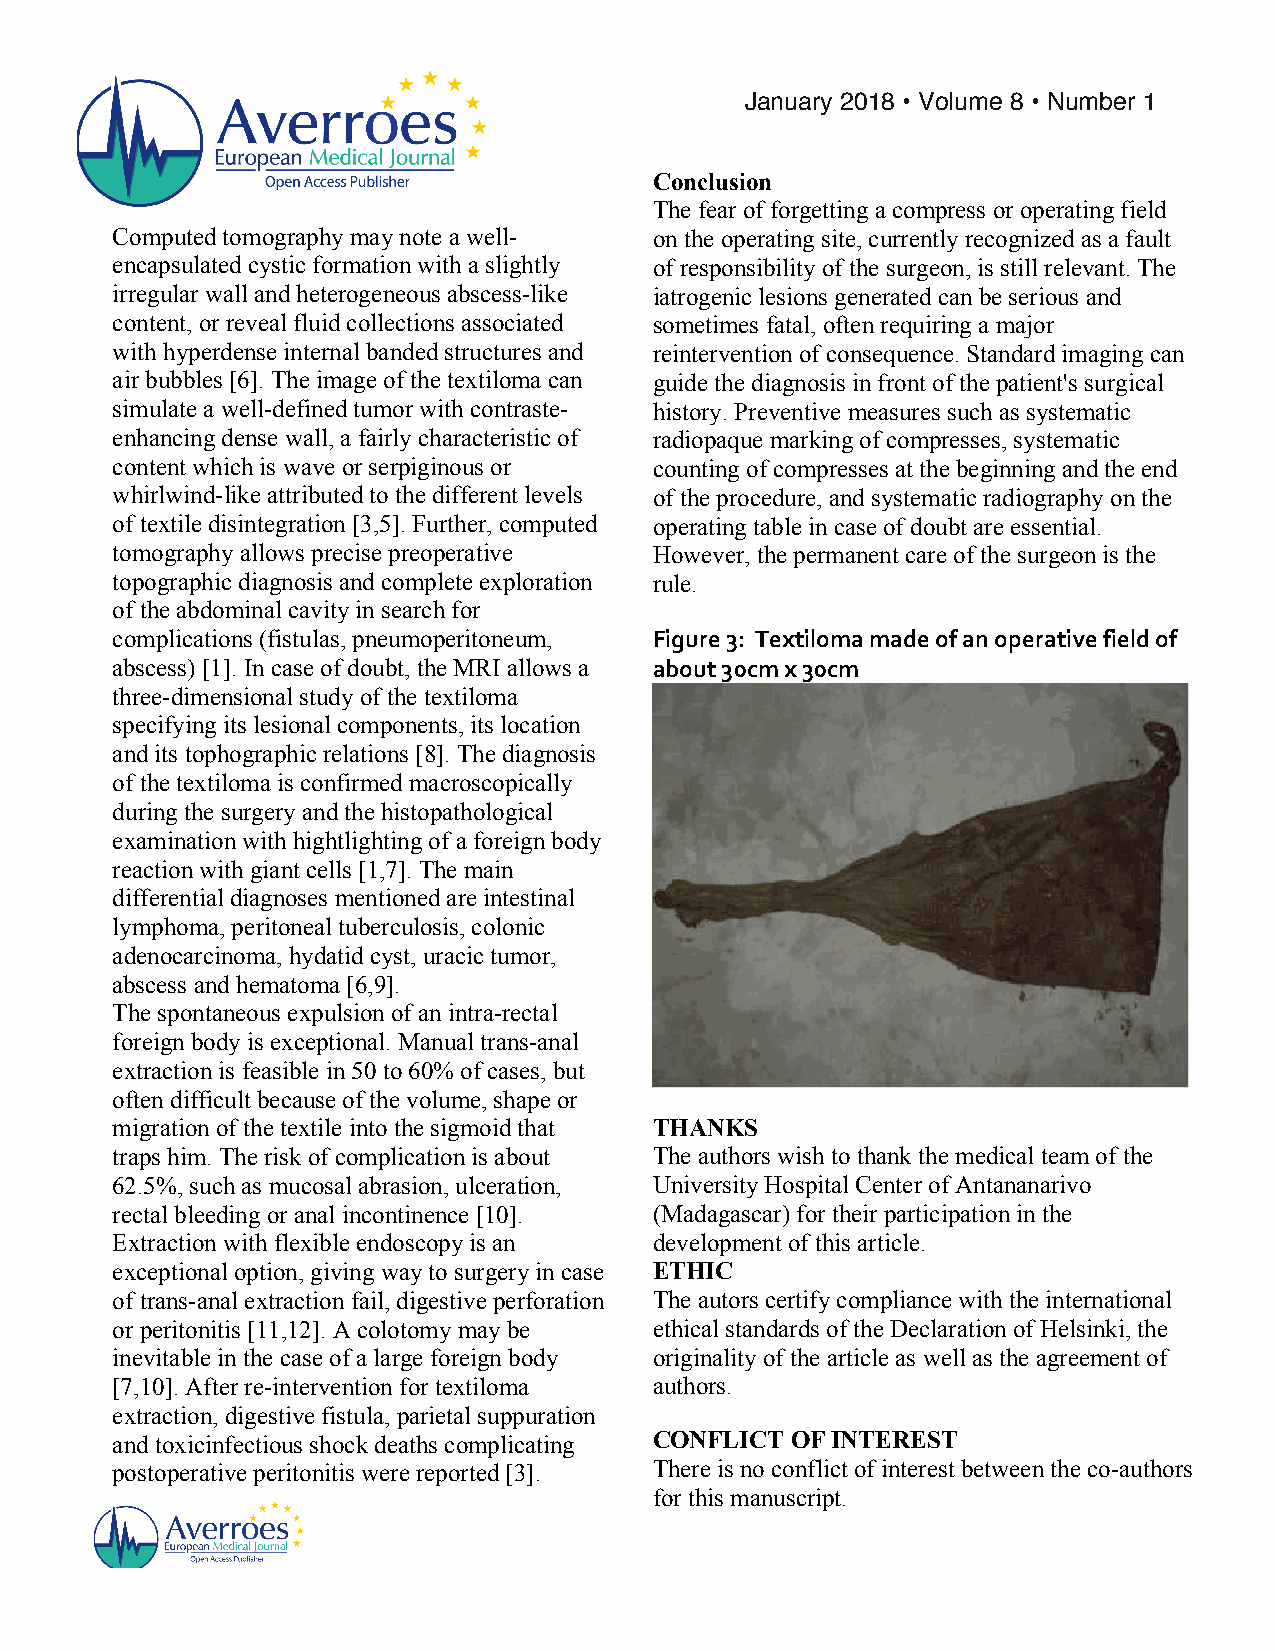
!
 !
 January 2018 • Volume 8 • Number 1!
 Conclusion
 The fear of forgetting a compress or operating field
 Computed tomography may note a well- on the operating site, currently recognized as a fault
 encapsulated cystic formation with a slightly of responsibility of the surgeon, is still relevant. The
 irregular wall and heterogeneous abscess-like iatrogenic lesions generated can be serious and
 content, or reveal fluid collections associated sometimes fatal, often requiring a major
 with hyperdense internal banded structures and reintervention of consequence. Standard imaging can
 air bubbles [6]. The image of the textiloma can guide the diagnosis in front of the patient's surgical
 simulate a well-defined tumor with contraste- history. Preventive measures such as systematic
 enhancing dense wall, a fairly characteristic of radiopaque marking of compresses, systematic
 content which is wave or serpiginous or counting of compresses at the beginning and the end
 whirlwind-like attributed to the different levels of the procedure, and systematic radiography on the
 of textile disintegration [3,5]. Further, computed operating table in case of doubt are essential.
 tomography allows precise preoperative However, the permanent care of the surgeon is the
 topographic diagnosis and complete exploration rule.
 of the abdominal cavity in search for
 complications (fistulas, pneumoperitoneum, Figure!3: Textiloma!made!of!an!operative!field!of!
 abscess) [1]. In case of doubt, the MRI allows a about!30cm!x!30cm!
 three-dimensional study of the textiloma
 specifying its lesional components, its location
 and its tophographic relations [8]. The diagnosis
 of the textiloma is confirmed macroscopically
 during the surgery and the histopathological
 examination with hightlighting of a foreign body
 reaction with giant cells [1,7]. The main
 differential diagnoses mentioned are intestinal
 lymphoma, peritoneal tuberculosis, colonic
 adenocarcinoma, hydatid cyst, uracic tumor,
 abscess and hematoma [6,9].
 The spontaneous expulsion of an intra-rectal
 foreign body is exceptional. Manual trans-anal
 extraction is feasible in 50 to 60% of cases, but
 often difficult because of the volume, shape or
 migration of the textile into the sigmoid that THANKS
 traps him. The risk of complication is about The authors wish to thank the medical team of the
 62.5%, such as mucosal abrasion, ulceration, University Hospital Center of Antananarivo
 rectal bleeding or anal incontinence [10]. (Madagascar) for their participation in the
 Extraction with flexible endoscopy is an development of this article.
 exceptional option, giving way to surgery in case ETHIC
 of trans-anal extraction fail, digestive perforation The autors certify compliance with the international
 or peritonitis [11,12]. A colotomy may be ethical standards of the Declaration of Helsinki, the
 inevitable in the case of a large foreign body originality of the article as well as the agreement of
 [7,10]. After re-intervention for textiloma authors.
 extraction, digestive fistula, parietal suppuration
 and toxicinfectious shock deaths complicating CONFLICT OF INTEREST
 postoperative peritonitis were reported [3]. There is no conflict of interest between the co-authors
 for this manuscript.